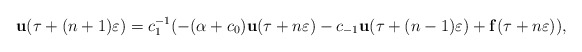
\begin{align*}\mathbf{u}(\tau+(n+1)\varepsilon)=c_1^{-1}(-(\alpha+c_0)\mathbf{u}(\tau+n\varepsilon)-c_{-1}\mathbf{u}(\tau+(n-1)\varepsilon)+\mathbf{f}(\tau+n\varepsilon)), \end{align*}